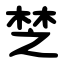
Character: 椘